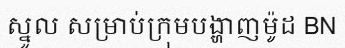
ស្នូល សម្រាប់ក្រុមបង្ហាញម៉ូដ BN